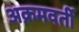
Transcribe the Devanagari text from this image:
अक्रमवर्ती